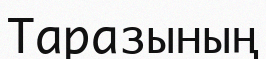
Таразының